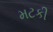
મટકી